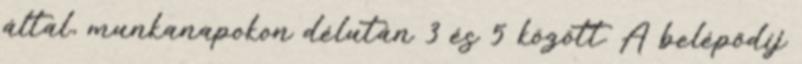
által, munkanapokon délután 3 és 5 között. A belépődíj